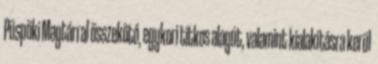
Püspöki Magtárral összekötő, egykori titkos alagút, valamint kialakításra kerül